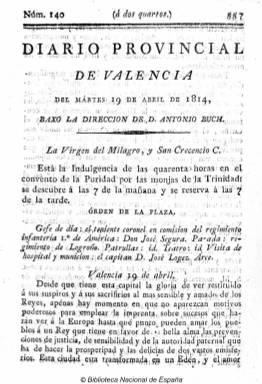
Título: Diario provincial de Valencia
Otros títulos: Título: Diario del Reyno de Valencia, <5 feb. 1815> || Diario del Reino de Valencia
Colección: Periódicos anteriores a 1850
Ámbito geográfico: Valencia
Lugar de publicación: Valencia
Fechas: 19/04/1814-05/02/1815

Periódico de carácter político y noticioso, escrito en verso y prosa, que incluye tras su cabecera el santoral y la información astronómica. El único ejemplar depositado en la BNE corresponde al número 155, del miércoles, cuatro de mayo de 1814, de cuatro páginas y paginación continuada (617-620 p.), con formato y características de la época. Contiene sendas crónicas políticas de Madrid y Valencia, así como la reproducción de la alocución que dirigen al rey Fernando VII autoridades de Cartagena (Murcia).

Este diario empezó a dirigirlo en diciembre de 1813 el afrancesado Antonio Buch, que había sido redactor de otros periódicos valencianos de este periodo, y estampado en la Imprenta de José Estevan, quien se había puesto al servicio, como impresor del Gobierno, de los invasores napoleónicos, tras entrar en la ciudad el 14 de enero de 1812. Tras su cautiverio, Fernando VII entrará en España por el puerto de Valencia el 16 de abril y, tras fuertes disputas entre liberales y serviles, firmará el decreto de derogación de la Constitución el cuatro de mayo, saliendo de Valencia al día siguiente. Será entonces cuando el director del diario sea acusado de “traidor”.

La Hemeroteca Municipal de Madrid (HMM) conserva los números 142 y 145, correspondientes al 21 y 22 de abril de 1814 de este diario, salidos de la Imprenta Patriótica del Pueblo Soberano, la misma que estampa la Gazeta de Valencia desde el 21 de septiembre de 1813. La HMM también conserva la edición de Contextación a los diarios provinciales del 19 y 20 de abril de 1814. Por su parte, la Biblioteca de Andalucía conserva la edición de Diario provincial de Valencia del viernes de 22 de abril de 1814: liberales y serviles, estampado en la Imprenta Nueva de Valenzuela, de Granada.